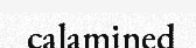
calamined